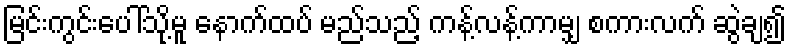
မြင်းကွင်းပေါ်သို့မူ နောက်ထပ် မည်သည့် ကန့်လန့်ကာမျှ စကားလက် ဆွဲချ၍